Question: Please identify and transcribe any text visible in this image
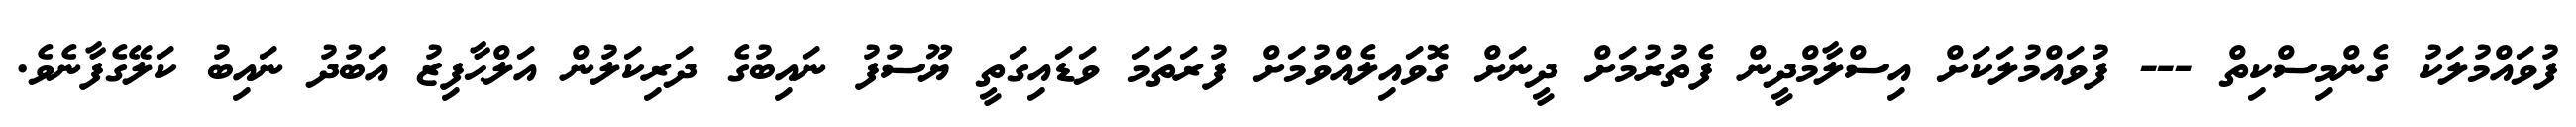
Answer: ފުވައްމުލަކު ގެންމިސްކިތް --- ފުވައްމުލަކަށް އިސްލާމްދީން ފެތުރުމަށް ދީނަށް ގޮވައިލެއްވުމަށް ފުރަތަމަ ވަޑައިގަތީ ޔޫސުފު ނައިބުގެ ދަރިކަލުން އަލްޙާފިޒު އަބުދު ނައިބު ކަލޭގެފާނެވެ.